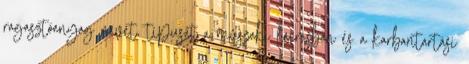
ragasztóanyag nevét, típusát a mûszaki leírásban és a karbantartási